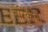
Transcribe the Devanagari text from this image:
वैरिकोस